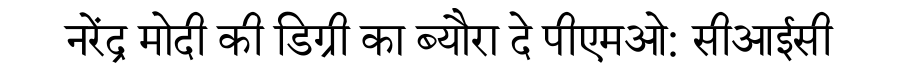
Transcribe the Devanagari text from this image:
नरेंद्र मोदी की डिग्री का ब्यौरा दे पीएमओ: सीआईसी